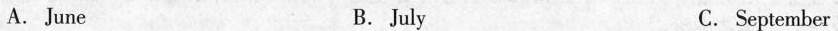
A.June B. July C. September